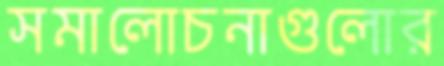
সমালোচনাগুলোর